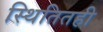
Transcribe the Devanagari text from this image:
स्थितितही